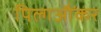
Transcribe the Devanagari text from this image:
पिल्गऔंकर